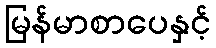
မြန်မာစာပေနှင့်